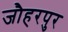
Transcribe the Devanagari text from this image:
जौहरपुर